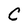
Character: C